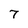
Character: 7